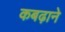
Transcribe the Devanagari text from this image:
कबढ़ाने